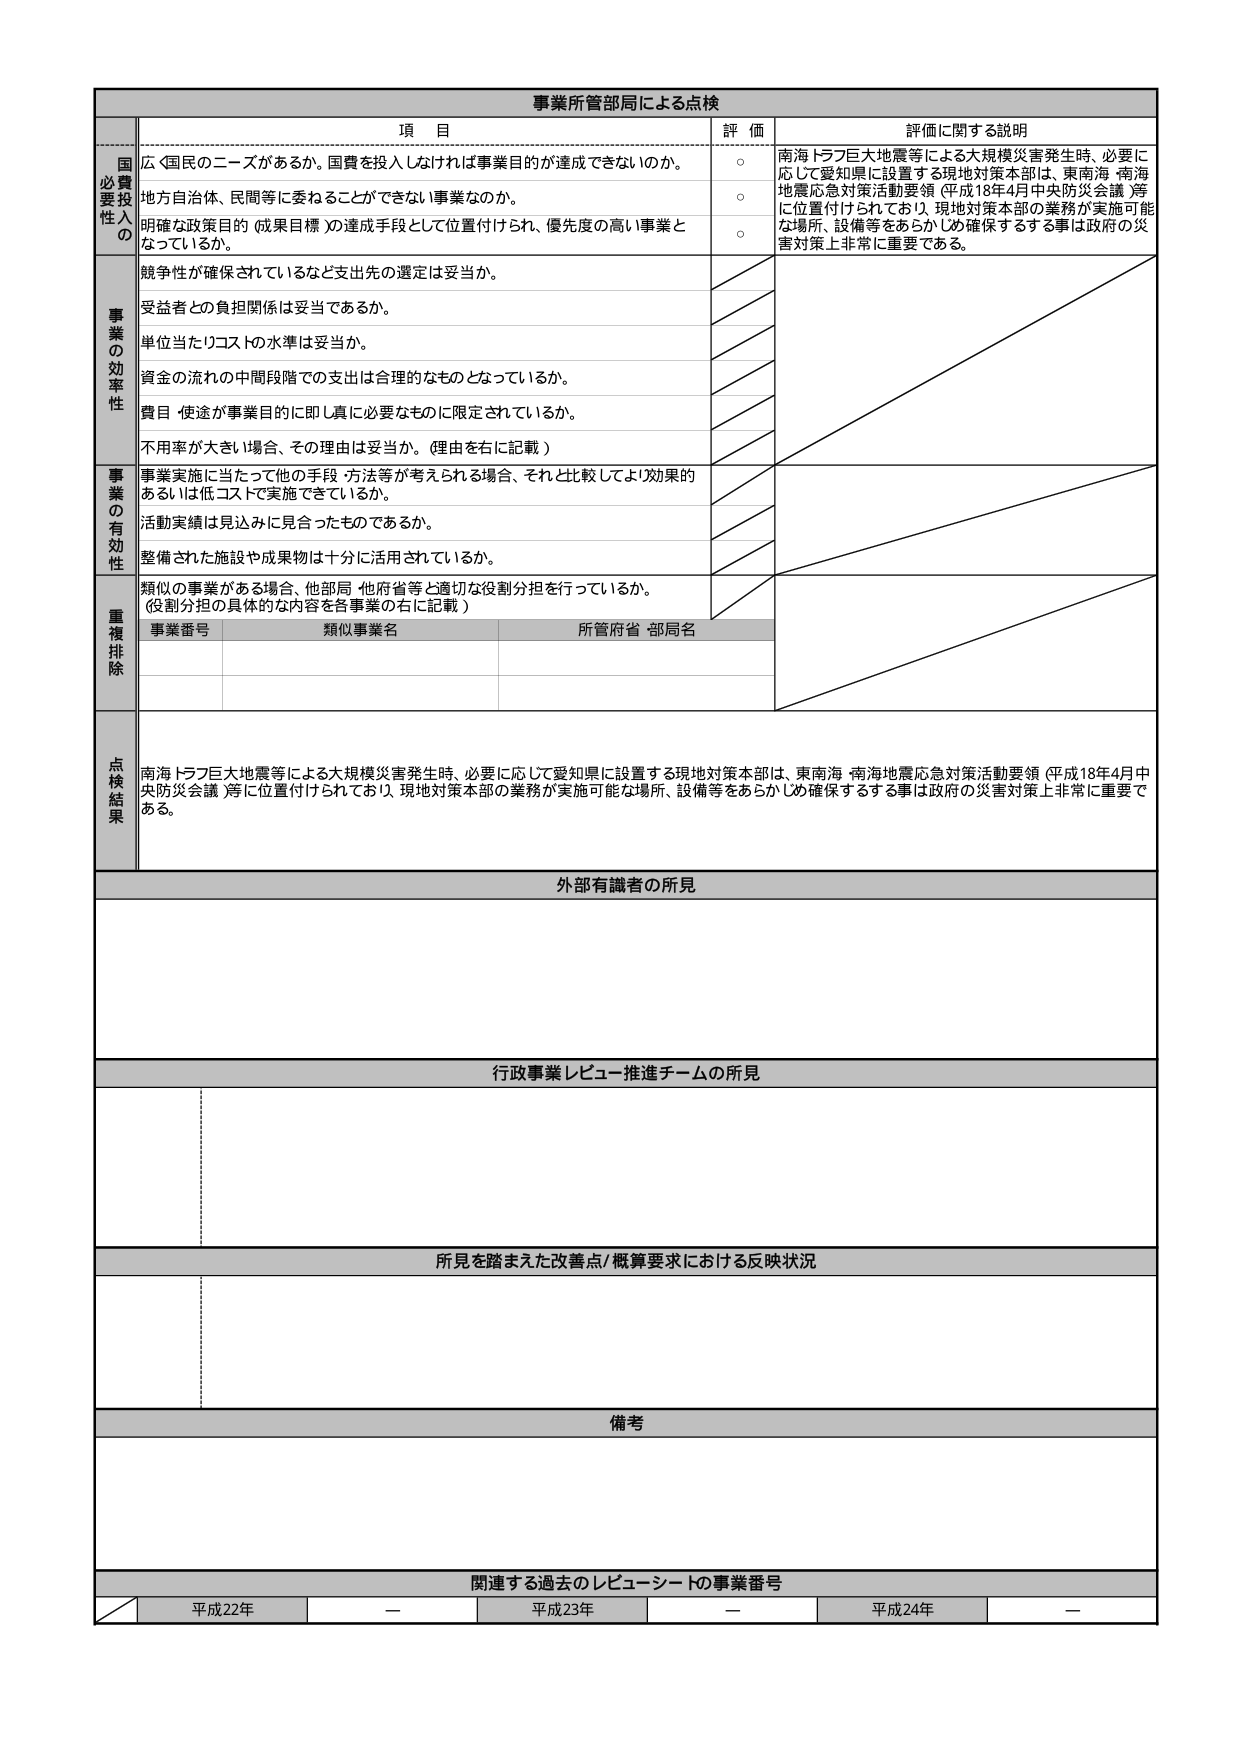
事業所管部局による点検

項 目
評 価
評価に関する説明

国費要投性の
広く国民のニーズがあるか。国費を投入しなければ事業目的が達成できないのか。
○
南海トラフ巨大地震等による大規模災害発生時、必要に応じて愛知県に設置する現地対策本部は、東南海・南海地震応急対策活動要領（平成18年4月中央防災会議等）に位置付けられており、現地対策本部の業務が実施可能な場所、設備等をあらかじめ確保する事は政府の災害対策上非常に重要である。

地方自治体、民間等に委ねることができない事業なのか。
○

明確な政策目的（成果目標）の達成手段として位置付けられ、優先度の高い事業となっているか。
○

事業の効率性
競争性が確保されているなど支出先の選定は妥当か。

受益者との負担関係は妥当であるか。

単位当たりコストの水準は妥当か。

資金の流れの中間段階での支出は合理的なものとなっているか。

費用・使途が事業目的に即し真に必要なものに限定されているか。

不用率が大きい場合、その理由は妥当か。（理由を右に記載）

事業の有効性
事業実施に当たって他の手段・方法等が考えられる場合、それと比較してより効果的あるいは低コストで実施できているか。

活動実績は見込みに見合ったものであるか。

整備された施設や成果物は十分に活用されているか。

重複排除
類似の事業がある場合、他部局・他府省等と適切な役割分担を行っているか。（役割分担の具体的な内容を各事業の右に記載）

事業番号
類似事業名
所管府省・部局名

点検結果
南海トラフ巨大地震等による大規模災害発生時、必要に応じて愛知県に設置する現地対策本部は、東南海・南海地震応急対策活動要領（平成18年4月中央防災会議等）に位置付けられており、現地対策本部の業務が実施可能な場所、設備等をあらかじめ確保する事は政府の災害対策上非常に重要である。

外部有識者の所見

行政事業レビュー推進チームの所見

所見を踏まえた改善点／概算要求における反映状況

備考

関連する過去のレビューシートの事業番号
平成22年
ー
平成23年
ー
平成24年
ー